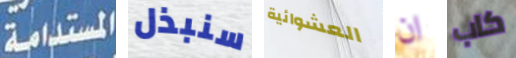
المستدامة سنبذل العشوائية ان كاب